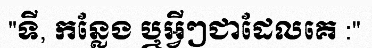
"ទី, កន្លែង ឬអ្វីៗជាដែលគេ :"